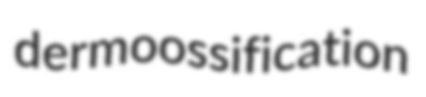
dermoossification